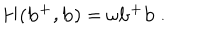
{ \bf H ( b ^ { + } , b ) } = \omega { \bf b ^ { + } b } \ .